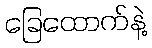
ခြေထောက်နဲ့